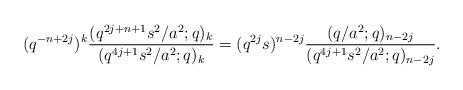
LaTeX: \begin{align*}(q^{-n+2j})^k{(q^{2j+n+1}s^2/a^2;q)_k \over (q^{4j+1}s^2/a^2;q)_k } =(q^{2j}s)^{n-2j}{(q/a^2;q)_{n-2j}\over (q^{4j+1}s^2/a^2;q)_{n-2j}} .\end{align*}